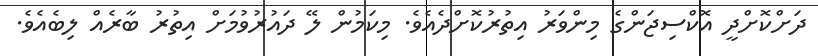
ދަށްކޮށްދީ އޮކްސިޖަންގެ މިންވަރު އިތުރުކޮށްދެއެވެ. މިކަމުން ލޭ ދައުރުވުމަށް އިތުރު ބާރެއް ލިބެއެވެ.